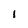
Character: I